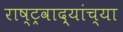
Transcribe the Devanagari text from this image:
राष्ट्रवाद्यांच्या